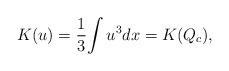
LaTeX: \begin{align*}K(u) =\frac{1}{3}\displaystyle{\int u^3dx=K(Q_{c})},\end{align*}